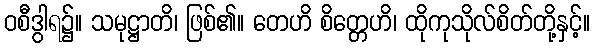
ဝစီဒွါရ၌။ သမုဋ္ဌာတိ၊ ဖြစ်၏။ တေဟိ စိတ္တေဟိ၊ ထိုကုသိုလ်စိတ်တို့နှင့်။